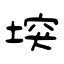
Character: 堗